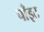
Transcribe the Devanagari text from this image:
पाँइट